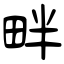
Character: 畔